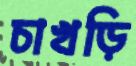
চাখড়ি